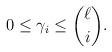
LaTeX: \begin{align*} 0 \leq \gamma_i\leq \binom{\ell}{i}. \end{align*}